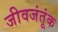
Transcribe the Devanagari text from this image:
जीवजंतूंक